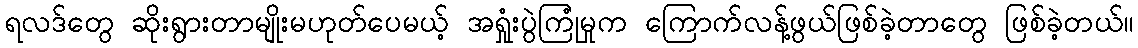
ရလဒ်တွေ ဆိုးရွားတာမျိုးမဟုတ်ပေမယ့် အရှုံးပွဲကြုံမှုက ကြောက်လန့်ဖွယ်ဖြစ်ခဲ့တာတွေ ဖြစ်ခဲ့တယ်။